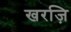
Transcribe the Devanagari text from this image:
खरज़ि